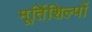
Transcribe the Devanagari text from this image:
मूर्तिशिल्पों